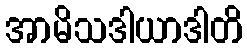
အာမိသဒါယာဒါတိ